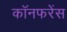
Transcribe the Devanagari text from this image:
कॉनफरेंस